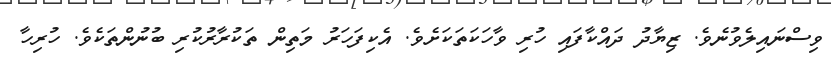
ވިސްނައިލެވުނެވެ. ޒިޔާދު ދައްކާފައި ހުރި ވާހަކަތަކަށެވެ. އެކިފަހަރު މަތިން ތަކުރާރުކުރި ބުނުންތަކެވެ. ހުރިހާ